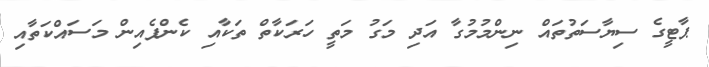
ޕާޓީގެ ސިޔާސަތުތައް ނިންމުމުގާ އަދި މަގު މަތީ ހަރަކާތް ތަކާއި ކެންޕެއިން މަސައްކަތާއި